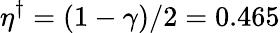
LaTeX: \eta^{\dagger}=(1-\gamma)/2=0.465